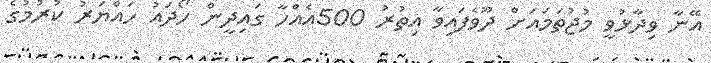
އޭނާ ވިދާޅުވީ މުޖުތަމައަށް ދޫވެފައިވާ އިތުރު 500އެއްހާ ގައިދީން ހޯދައު ހައްޔަރު ކުރުމުގެ